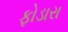
ફોડારા